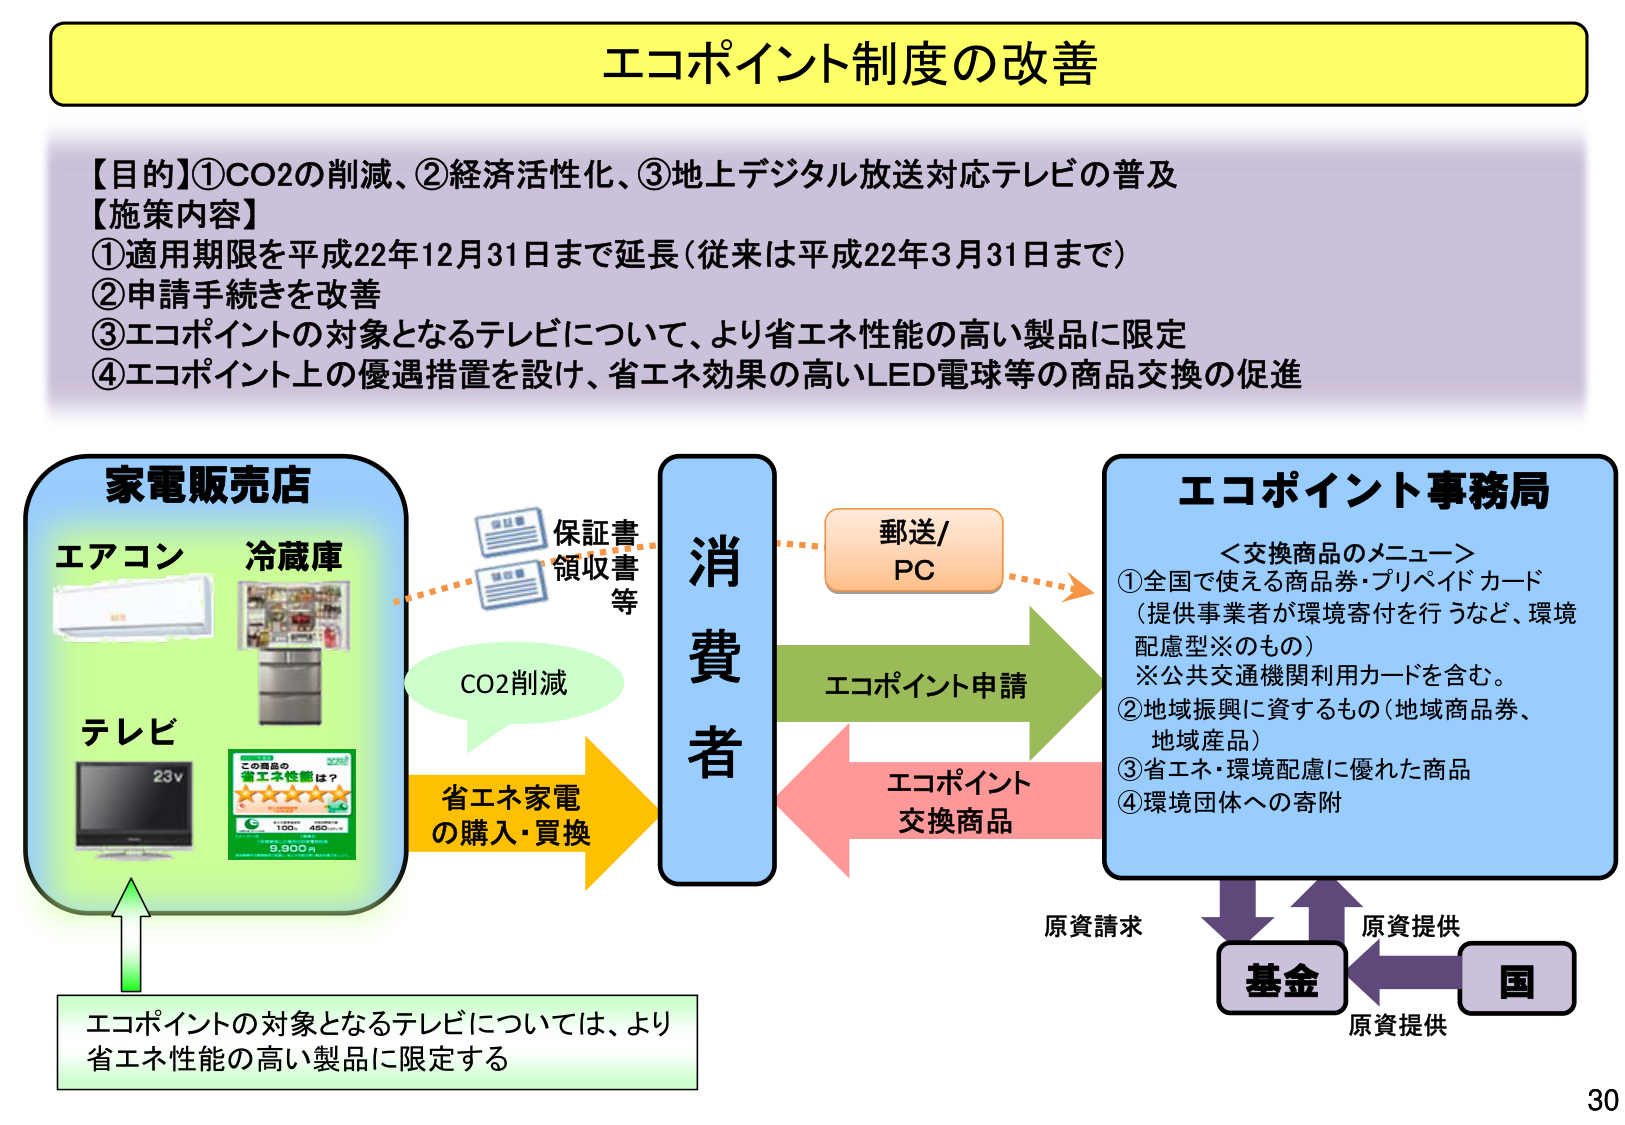
エコポイント制度の改善

【目的】①CO2の削減、②経済活性化、③地上デジタル放送対応テレビの普及
【施策内容】
①適用期限を平成22年12月31日まで延長（従来は平成22年3月31日まで）
②申請手続きを改善
③エコポイントの対象となるテレビについて、より省エネ性能の高い製品に限定
④エコポイント上の優遇措置を設け、省エネ効果の高いLED電球等の商品交換の促進

家電販売店
エアコン
冷蔵庫
テレビ
23v
この商品の
省エネ性能は？
★★★★★
100%
460
9,900円

CO2削減
省エネ家電
の購入・買換

消費者

保証書
領収書
等

郵送/
PC

エコポイント申請

エコポイント
交換商品

エコポイント事務局
＜交換商品のメニュー＞
①全国で使える商品券・プリペイドカード
（提供事業者が環境寄付を行うなど、環境
配慮型※のもの）
※公共交通機関利用カードを含む。
②地域振興に資するもの（地域商品券、
地域産品）
③省エネ・環境配慮に優れた商品
④環境団体への寄附

原資請求
原資提供
基金
国
原資提供

エコポイントの対象となるテレビについては、より
省エネ性能の高い製品に限定する

30